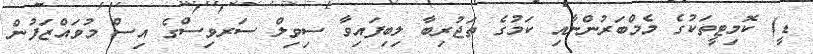
ޑީ) ކޮމިޓީތަކުގެ މެމްބަރުންނާއި ކަމުގެ ތަޖުރިބާ ލިބިފައިވާ ސިވިލް ސަރވިސްގެ އިސް މުވައްޒަފުން